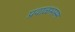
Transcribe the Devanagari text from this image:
प्रवाळभस्म